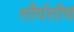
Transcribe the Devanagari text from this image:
शौर्यशीर्ष